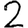
Digit: 2